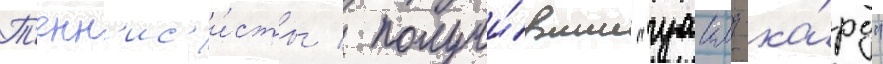
Т'енн'ис'и́сты / получи́вшие "уаилд-ка́рд"